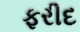
ફરીદ